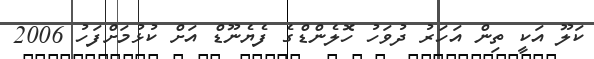
ކަލޫ އަކީ ތިން އަހަރު ދުވަހު ހޮލެންޑްގެ ފެޔެނޫޑް އަށް ކުޅުމަށްފަހު 2006